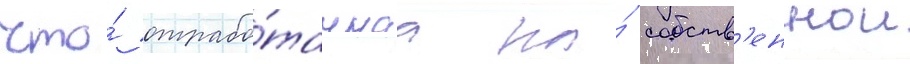
что́ отрабо́таннаа на́ собств'еннои